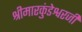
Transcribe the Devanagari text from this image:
श्रीमारकुंडेश्वरजी